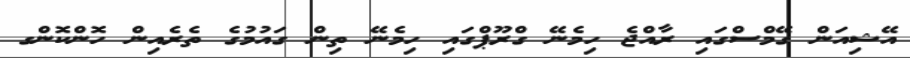
އޭޝިއަން ގޭމްސްގައި ރާއްޖެ ހިމެނޭ ގްރޫޕްގައި ހިމެނޭ ތިން ގައުމުގެ ތެރެއިން ހޮންކޮންގ